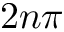
2 n \pi